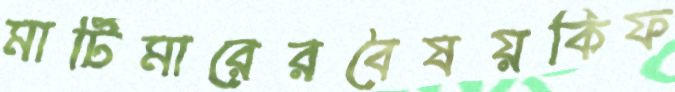
মার্টিমারেরবৈষয়কিফ